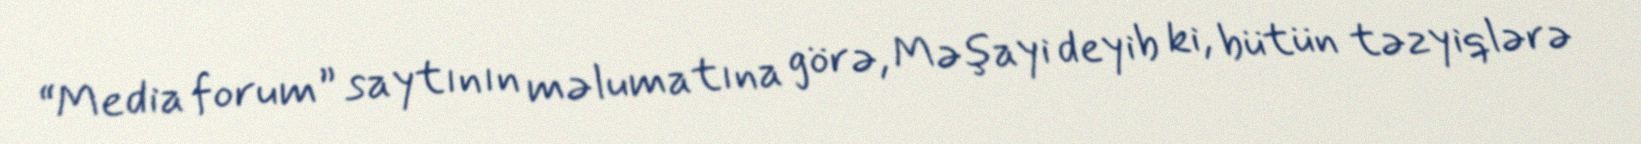
“Media forum” saytının məlumatına görə, Məşayi deyib ki, bütün təzyiqlərə